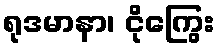
ရုဒမာနာ၊ ငိုကြွေး